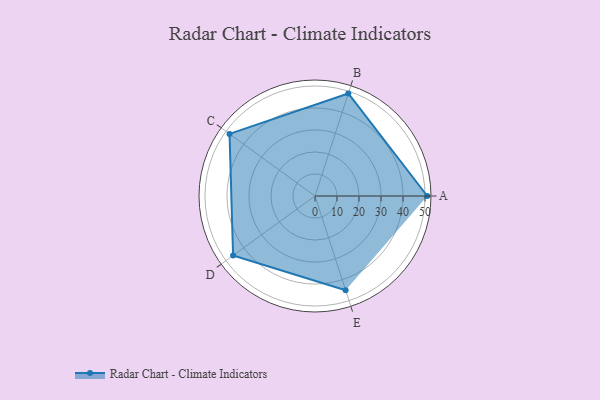
{"axis": {"x": "Skill", "y": "Score"}, "legend": ["Profile"], "data": [{"x": "A", "y": 51.0, "type": "Profile"}, {"x": "B", "y": 49.0, "type": "Profile"}, {"x": "C", "y": 48.0, "type": "Profile"}, {"x": "D", "y": 46.0, "type": "Profile"}, {"x": "E", "y": 45.0, "type": "Profile"}]}